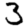
Digit: 3